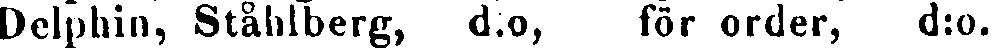
Delphin, Ståhlberg, d.o, för order, d:0.